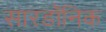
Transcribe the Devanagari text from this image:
सारडॉनिक